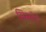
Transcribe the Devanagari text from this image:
सिस्लेने